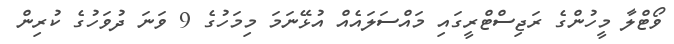
ވޯޓްލާ މީހުންގެ ރަޖިސްޓްރީގައި މައްސަލައެއް އުޅޭނަމަ މިމަހުގެ 9 ވަނަ ދުވަހުގެ ކުރިން